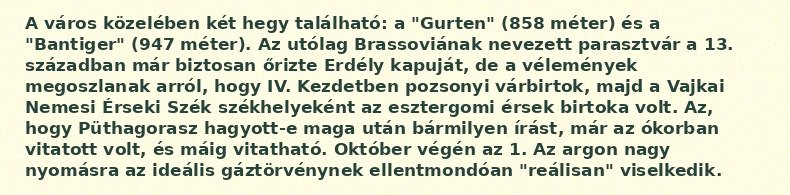
A város közelében két hegy található: a "Gurten" (858 méter) és a "Bantiger" (947 méter). Az utólag Brassoviának nevezett parasztvár a 13. században már biztosan őrizte Erdély kapuját, de a vélemények megoszlanak arról, hogy IV. Kezdetben pozsonyi várbirtok, majd a Vajkai Nemesi Érseki Szék székhelyeként az esztergomi érsek birtoka volt. Az, hogy Püthagorasz hagyott-e maga után bármilyen írást, már az ókorban vitatott volt, és máig vitatható. Október végén az 1. Az argon nagy nyomásra az ideális gáztörvénynek ellentmondóan "reálisan" viselkedik.